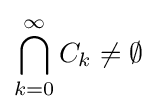
\bigcap _{k=0}^{\infty }C_{k}\neq \emptyset